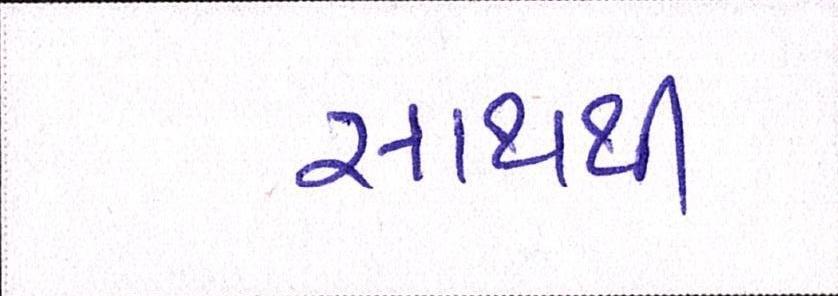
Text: સાથથી